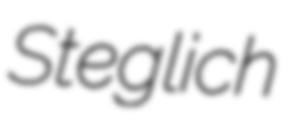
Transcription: Steglich